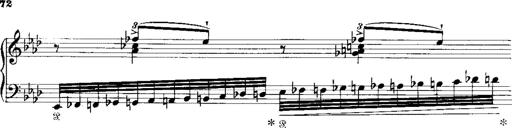
Title: Miserere du Trovatore
Composer: Franz Liszt